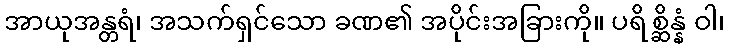
အာယုအန္တရံ၊ အသက်ရှင်သော ခဏ၏ အပိုင်းအခြားကို။ ပရိစ္ဆိန္နံ ဝါ၊